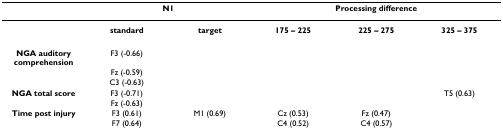
<table><thead><tr><td></td><td colspan="2"><b>N1</b></td><td colspan="3"><b>Processing difference</b></td></tr></thead><tbody><tr><td></td><td><b>standard</b></td><td><b>target</b></td><td><b>175 – 225</b></td><td><b>225 – 275</b></td><td><b>325 – 375</b></td></tr><tr><td><b>NGA auditory comprehension</b></td><td>F3 (-0.66)</td><td></td><td></td><td></td><td></td></tr><tr><td></td><td>Fz (-0.59)</td><td></td><td></td><td></td><td></td></tr><tr><td></td><td>C3 (-0.63)</td><td></td><td></td><td></td><td></td></tr><tr><td><b>NGA total score</b></td><td>F3 (-0.71)</td><td></td><td></td><td></td><td>T5 (0.63)</td></tr><tr><td></td><td>Fz (-0.63)</td><td></td><td></td><td></td><td></td></tr><tr><td><b>Time post injury</b></td><td>F3 (0.61)</td><td>M1 (0.69)</td><td>Cz (0.53)</td><td>Fz (0.47)</td><td></td></tr><tr><td></td><td>F7 (0.64)</td><td></td><td>C4 (0.52)</td><td>C4 (0.57)</td><td></td></tr></tbody></table>